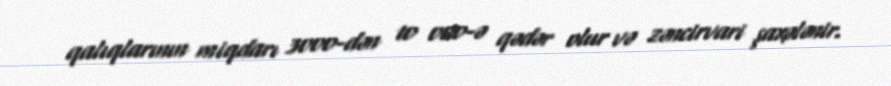
qalıqlarının miqdarı 3000-dən 10 000-ə qədər olur və zəncirvari şaxələnir.